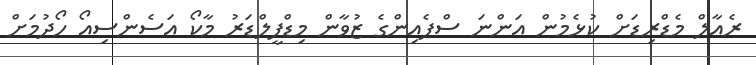
ރެއާލް މެޑްރިޑަށް ކުޅެމުން އަންނަ ސްޕެއިންގެ ޒުވާން މިޑްފީލްޑަރު މާކޯ އަސެންސިއޯ ހޯދުމަށް